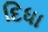
દિધા